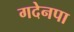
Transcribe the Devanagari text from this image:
गदेनपा